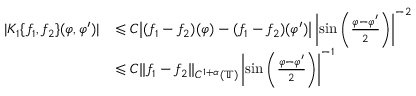
\begin{array} { r l } { | K _ { 1 } \{ f _ { 1 } , f _ { 2 } \} ( \varphi , \varphi ^ { \prime } ) | } & { \leqslant C \big | ( f _ { 1 } - f _ { 2 } ) ( \varphi ) - ( f _ { 1 } - f _ { 2 } ) ( \varphi ^ { \prime } ) \big | \left| \sin \left( \frac { \varphi - \varphi ^ { \prime } } { 2 } \right) \right| ^ { - 2 } } \\ & { \leqslant C \| f _ { 1 } - f _ { 2 } \| _ { C ^ { 1 + \alpha } ( \mathbb { T } ) } \left| \sin \left( \frac { \varphi - \varphi ^ { \prime } } { 2 } \right) \right| ^ { - 1 } } \end{array}